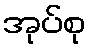
အုပ်စု